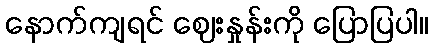
နောက်ကျရင် ဈေးနှုန်းကို ပြောပြပါ။